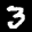
Label: 3